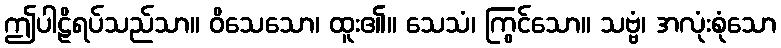
ဤပါဠိရပ်သည်သာ။ ဝိသေသော၊ ထူး၏။ သေသံ၊ ကြွင်သော။ သဗ္ဗံ၊ အလုံးစုံသော